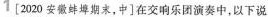
1 [2020安徽蚌埠期末，中]在交响乐团演奏中，以下说